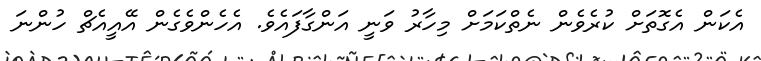
އެކަން އެގޮތަށް ކުރެވެން ނެތްކަމަށް މިހާރު ވަނީ އަންގާފައެވެ. އެހެންވެގެން އޭއީއެޗް ހުންނަ